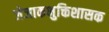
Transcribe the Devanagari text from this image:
जेजाकभुक्तिशासक